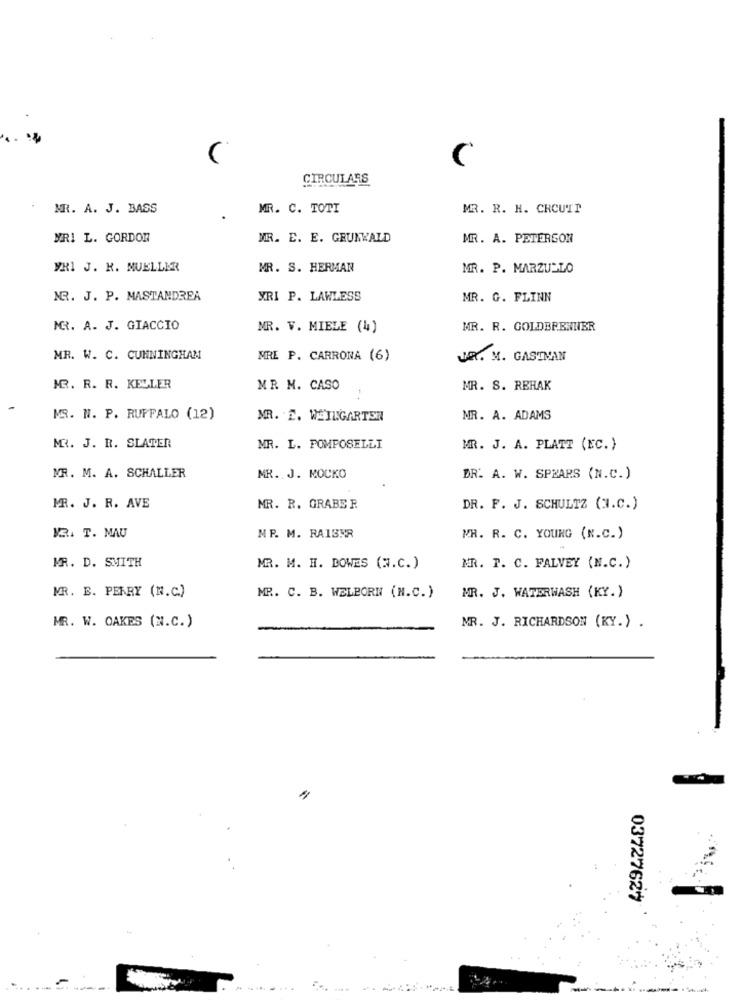
C
RCULARS
MR. A. J. BASS
MR. C. TOTI
MR. R. H. CROUTI
MRI L. GORDON
MR. E. E. GRUNWALD
MR. A. PETERSON
YRI J. K. MUELLER
MR. S. HERMAN
MR. P. MARZULLO
MR. J. P. MASTANDREA
XRI P. LAWLESS
MR. G. FLINN
MR. A. J. GIACCIO
MR. V. MIELE (4)
MR. R. GOLDBRENNIBR
MR. W. C. CUNNINGHAM
MRE P. CARRONA (6)
JE. M. GASTMAN
MR. R. R. KELLER
MR M. CASO
MR. S. REHAK
MR. N. P. RUFFALO (12)
MR. E. WEILGARTEN
MR. A. ADAMS
MR. J. R. SLATER
MR. L. POMPOSELLI
MR. J. A. PLATT (EC.)
MR. M. A. SCHALLER
MR. J. MOCKO
DR. A. W. SPEARS (N.C. )
MR. J. R. AVE
MR. R. GRABER
DR. F. J. SCHULTZ (3.C.)
1B. T. MAU
MP. M. RAIBHR
MR. R. C. YOUNG (N.C.)
MR. D. SWITH
MR. M. H. BOWES (N.C.)
MR. P. C. FALVEY (N.C.)
MR. E. PERRY (N.C.)
MR. C. B. WELBORN (N.C.)
MR. J. WATERWASH (KY.)
MR. W. OAKES (N.C.)
MR. J. RICHARDSON (KY.) .
03727627